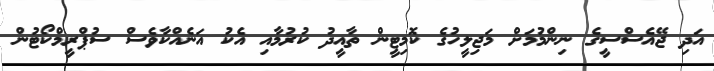
އަދި ޖޭއެސްސީގެ ނިންމުމަށް މަޖިލީހުގެ ކޮމިޓީން ތާއީދު ކުރުމާއި އެކު އަނެއްކާވެސް ސުޕްރީމްކޯޓުން